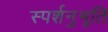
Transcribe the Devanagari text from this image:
स्पर्शनुभूति